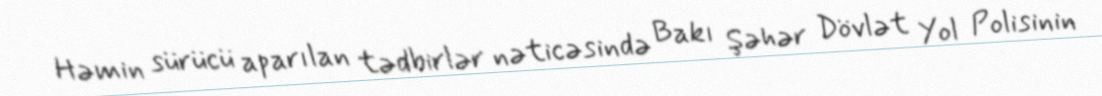
Həmin sürücü aparılan tədbirlər nəticəsində Bakı Şəhər Dövlət Yol Polisinin